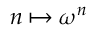
n \mapsto \omega ^ { n }